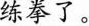
练拳了。